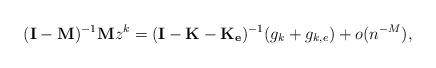
LaTeX: \begin{align*}(\mathbf{I}-\mathbf{M})^{-1}\mathbf{M}z^{k}=(\mathbf{I}-\mathbf{K}-\mathbf{K_{e}})^{-1}(g_{k}+g_{k,e})+o(n^{-M}),\end{align*}